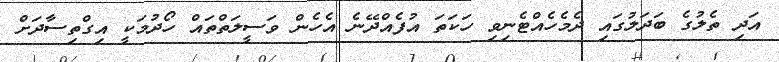
އަދި ތެލުގެ ބަދަލުގައި ދެމެހެެއްޓެނިވި ހަކަތަ އުފެއްދޭނެ އެހެން ވަސީލަތްތައް ހޯދުމަކީ އިގްތިސާދަށް